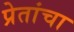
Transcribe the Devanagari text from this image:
प्रेतांचा